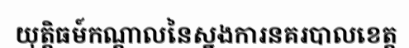
យុត្តិធម៍កណ្តាលនៃស្នងការនគរបាលខេត្ត